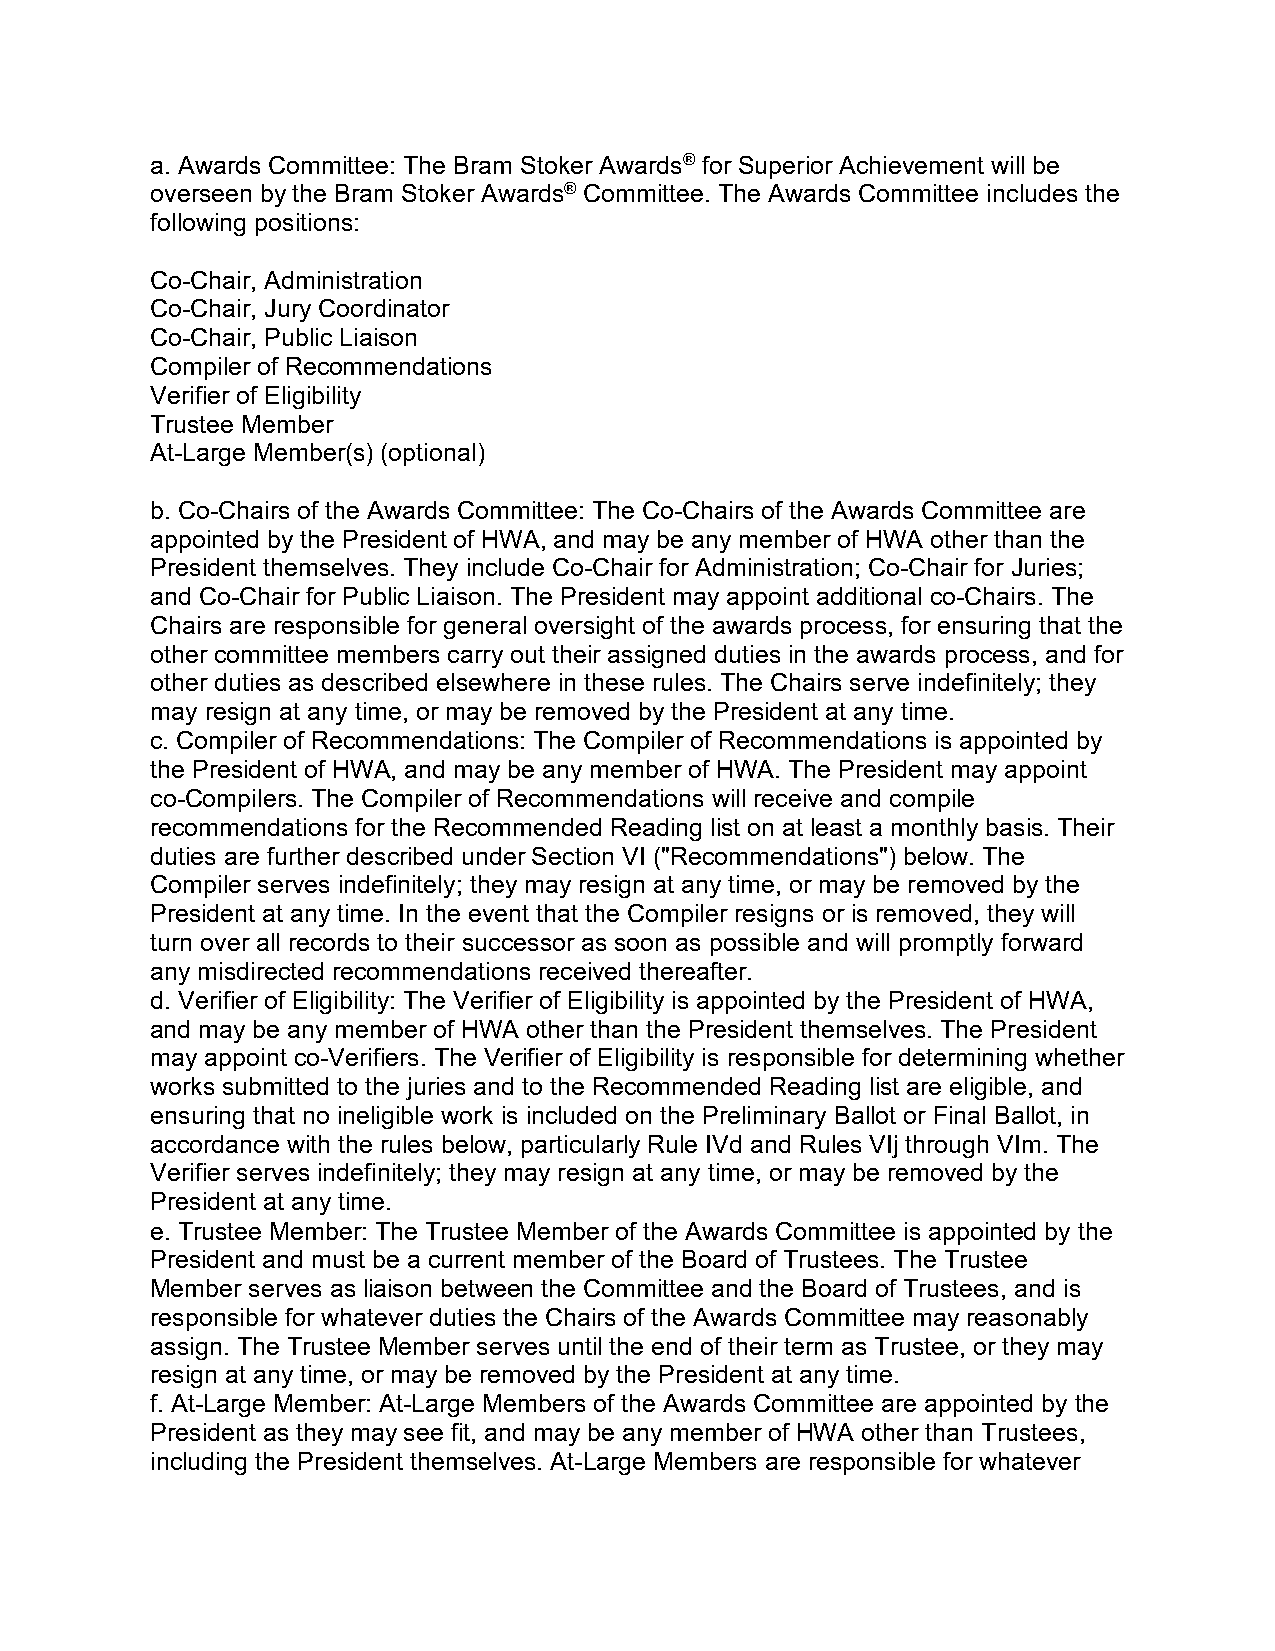
a. Awards Committee: The Bram Stoker Awards® for Superior Achievement will be
 overseen by the Bram Stoker Awards® Committee. The Awards Committee includes the
 following positions:
 Co-Chair, Administration
 Co-Chair, Jury Coordinator
 Co-Chair, Public Liaison
 Compiler of Recommendations
 Verifier of Eligibility
 Trustee Member
 At-Large Member(s) (optional)
 b. Co-Chairs of the Awards Committee: The Co-Chairs of the Awards Committee are
 appointed by the President of HWA, and may be any member of HWA other than the
 President themselves. They include Co-Chair for Administration; Co-Chair for Juries;
 and Co-Chair for Public Liaison. The President may appoint additional co-Chairs. The
 Chairs are responsible for general oversight of the awards process, for ensuring that the
 other committee members carry out their assigned duties in the awards process, and for
 other duties as described elsewhere in these rules. The Chairs serve indefinitely; they
 may resign at any time, or may be removed by the President at any time.
 c. Compiler of Recommendations: The Compiler of Recommendations is appointed by
 the President of HWA, and may be any member of HWA. The President may appoint
 co-Compilers. The Compiler of Recommendations will receive and compile
 recommendations for the Recommended Reading list on at least a monthly basis. Their
 duties are further described under Section VI ("Recommendations") below. The
 Compiler serves indefinitely; they may resign at any time, or may be removed by the
 President at any time. In the event that the Compiler resigns or is removed, they will
 turn over all records to their successor as soon as possible and will promptly forward
 any misdirected recommendations received thereafter.
 d. Verifier of Eligibility: The Verifier of Eligibility is appointed by the President of HWA,
 and may be any member of HWA other than the President themselves. The President
 may appoint co-Verifiers. The Verifier of Eligibility is responsible for determining whether
 works submitted to the juries and to the Recommended Reading list are eligible, and
 ensuring that no ineligible work is included on the Preliminary Ballot or Final Ballot, in
 accordance with the rules below, particularly Rule IVd and Rules VIj through VIm. The
 Verifier serves indefinitely; they may resign at any time, or may be removed by the
 President at any time.
 e. Trustee Member: The Trustee Member of the Awards Committee is appointed by the
 President and must be a current member of the Board of Trustees. The Trustee
 Member serves as liaison between the Committee and the Board of Trustees, and is
 responsible for whatever duties the Chairs of the Awards Committee may reasonably
 assign. The Trustee Member serves until the end of their term as Trustee, or they may
 resign at any time, or may be removed by the President at any time.
 f. At-Large Member: At-Large Members of the Awards Committee are appointed by the
 President as they may see fit, and may be any member of HWA other than Trustees,
 including the President themselves. At-Large Members are responsible for whatever